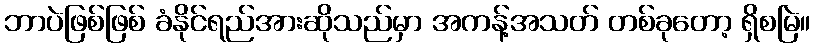
ဘာပဲဖြစ်ဖြစ် ခံနိုင်ရည်အားဆိုသည်မှာ အကန့်အသတ် တစ်ခုတော့ ရှိစမြဲ။